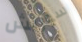
سوريش